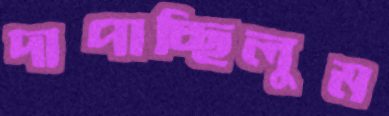
দাপাচ্ছিলুম